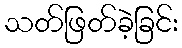
သတ်ဖြတ်ခဲ့ခြင်း